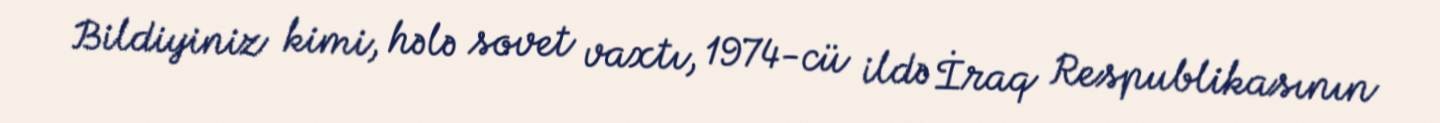
Bildiyiniz kimi, hələ sovet vaxtı, 1974-cü ildə İraq Respublikasının